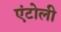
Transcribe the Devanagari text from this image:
एंटोली